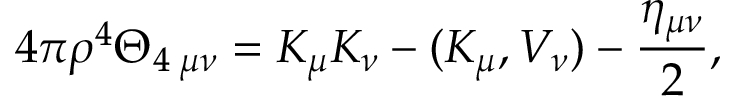
4 \pi \rho ^ { 4 } \Theta _ { 4 \; \mu \nu } = K _ { \mu } K _ { \nu } - ( K _ { \mu } , V _ { \nu } ) - \frac { \eta _ { \mu \nu } } { 2 } ,